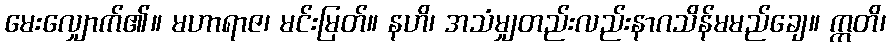
မေးလျှောက်၏။ မဟာရာဇ၊ မင်းမြတ်။ နဟိ၊ အသံမျှတည်းလည်းနာဂသိန်မမည်ချေ။ ဣတိ၊